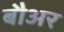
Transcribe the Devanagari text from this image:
बौअर